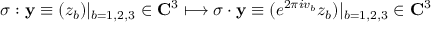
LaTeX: \sigma : { \bf y } \equiv ( z _ { b } ) | _ { b = 1 , 2 , 3 } \in { \bf C } ^ { 3 } \longmapsto \sigma \cdot { \bf y } \equiv ( e ^ { 2 \pi i v _ { b } } z _ { b } ) | _ { b = 1 , 2 , 3 } \in { \bf C } ^ { 3 }